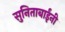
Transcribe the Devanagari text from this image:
सुनिताबाईंनी